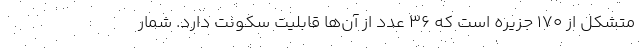
متشکل از ۱۷۰ جزیره است که ۳۶ عدد از آن‌ها قابلیت سکونت دارد. شمار